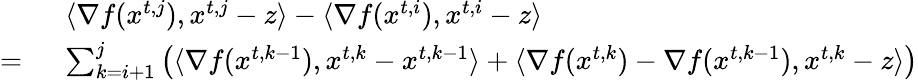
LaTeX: \begin{array}{rl}&{\langle\nabla f({x}^{t,j}),{x}^{t,j}-{z}\rangle-\langle\nabla f({x}^{t,i}),{x}^{t,i}-{z}\rangle}\\ {=\ }&{\sum_{k=i+1}^{j}\left(\langle\nabla f({x}^{t,k-1}),{x}^{t,k}-{x}^{t,k-1}\rangle+\langle\nabla f({x}^{t,k})-\nabla f({x}^{t,k-1}),{x}^{t,k}-{z}\rangle\right)}\end{array}